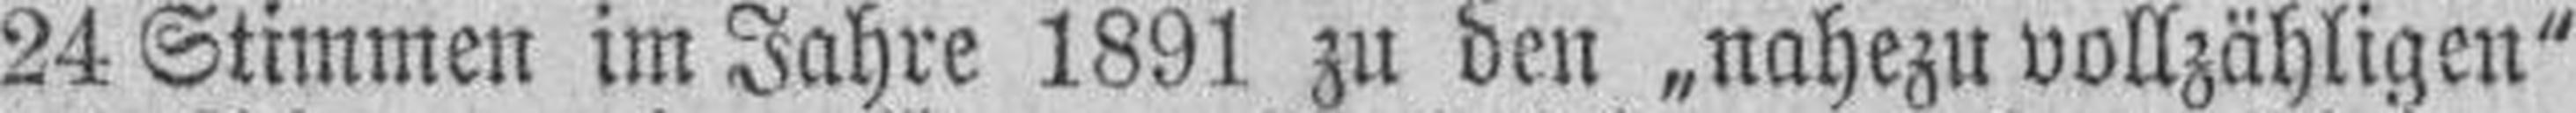
24 Stimmen im Jahre 1891 zu den „nahezu vollzähligen"